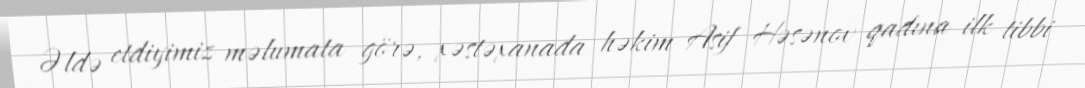
Əldə etdiyimiz məlumata görə, xəstəxanada həkim Asif Həsənov qadına ilk tibbi